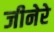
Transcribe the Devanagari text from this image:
जीनेरे